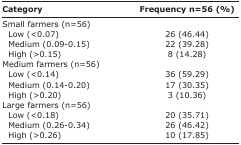
| Category | Frequency n=56 (%) |
 | --- | --- |
 | Small farmers (n=56) |  |
 | Low (<0.07) | 26 (46.44) |
 | Medium (0.090.15) | 22 (39.28) |
 | High (>0.15) | 8 (14.28) |
 | Medium farmers (n=56) |  |
 | Low (<0.14) | 36 (59.29) |
 | Medium (0.140.20) | 17 (30.35) |
 | High (>0.20) | 3 (10.36) |
 | Large farmers (n=56) |  |
 | Low (<0.18) | 20 (35.71) |
 | Medium (0.260.34) | 26 (46.42) |
 | High (>0.26) | 10 (17.85) |